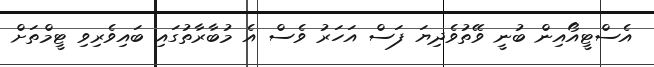
އެސްޓީއޯއިން ބުނީ ވޭތުވެދިޔަ ފަސް އަހަރު ވެސް އެ މުބާރާތުގައި ބައިވެރިވި ޓީމްތަށް